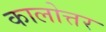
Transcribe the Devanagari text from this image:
कालोत्तर